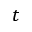
t